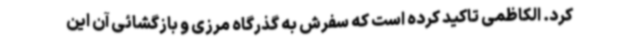
کرد. الکاظمی تاکید کرده است که سفرش به گذرگاه مرزی و بازگشائی آن این